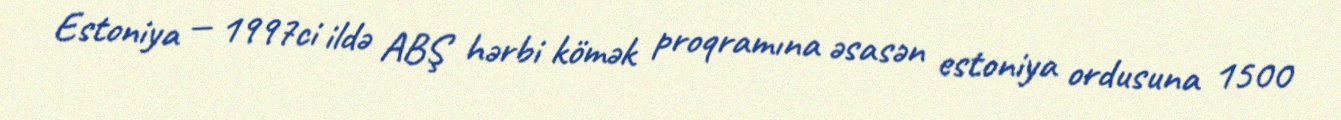
Estoniya — 1997ci ildə ABŞ hərbi kömək proqramına əsasən estoniya ordusuna 1500